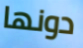
دونها